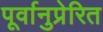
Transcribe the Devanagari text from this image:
पूर्वानुप्रेरित